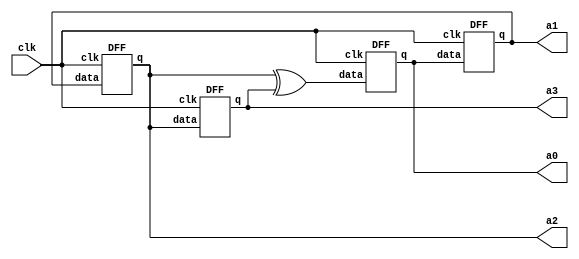
module pseudo(clk,a0,a1,a2,a3);
input clk;
output a0,a1,a2,a3;

wire w1;
xor G1(w1,a2,a3);

DFF D1(w1,clk,a0);
DFF D2(a0,clk,a1);
DFF D3(a1,clk,a2);
DFF D4(a2,clk,a3);

endmodule

module DFF(data,clk,q);
input data,clk;
output reg q;

initial begin
	q = 1'b1;
end

always@(posedge clk) begin
	q <= data;
end
endmodule